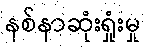
နစ်နာဆုံးရှုံးမှု